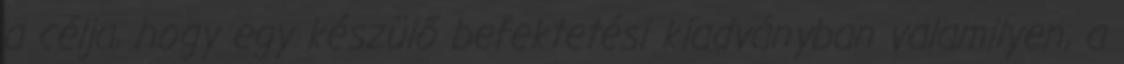
a célja, hogy egy készülő befektetési kiadványban valamilyen, a